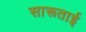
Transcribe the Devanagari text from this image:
सारूताई